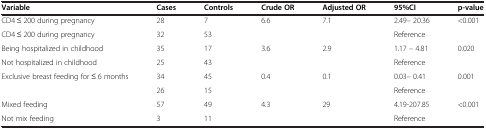
<table><thead><tr><td><b>Variable</b></td><td><b>Cases</b></td><td><b>Controls</b></td><td><b>Crude OR</b></td><td><b>Adjusted OR</b></td><td><b>95%CI</b></td><td><b>p-value</b></td></tr></thead><tbody><tr><td>CD4 ≤ 200 during pregnancy</td><td>28</td><td>7</td><td>6.6</td><td>7.1</td><td>2.49– 20.36</td><td>&lt;0.001</td></tr><tr><td>CD4 ≤ 200 during pregnancy</td><td>32</td><td>53</td><td> </td><td> </td><td>Reference</td><td> </td></tr><tr><td>Being hospitalized in childhood</td><td>35</td><td>17</td><td>3.6</td><td>2.9</td><td>1.17 – 4.81</td><td>0.020</td></tr><tr><td>Not hospitalized in childhood</td><td>25</td><td>43</td><td> </td><td> </td><td>Reference</td><td> </td></tr><tr><td>Exclusive breast feeding for ≤ 6 months</td><td>34</td><td>45</td><td>0.4</td><td>0.1</td><td>0.03– 0.41</td><td>0.001</td></tr><tr><td> </td><td>26</td><td>15</td><td> </td><td> </td><td>Reference</td><td> </td></tr><tr><td>Mixed feeding</td><td>57</td><td>49</td><td>4.3</td><td>29</td><td>4.19-207.85</td><td>&lt;0.001</td></tr><tr><td>Not mix feeding</td><td>3</td><td>11</td><td> </td><td> </td><td>Reference</td><td> </td></tr></tbody></table>